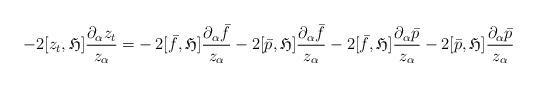
LaTeX: \begin{align*}-2[z_t,\mathfrak{H}]\frac{\partial_{\alpha}z_t}{z_{\alpha}}=& -2[\bar{f}, \mathfrak{H}]\frac{\partial_{\alpha}\bar{f}}{z_{\alpha}}-2[\bar{p}, \mathfrak{H}]\frac{\partial_{\alpha}\bar{f}}{z_{\alpha}}-2[\bar{f},\mathfrak{H}]\frac{\partial_{\alpha}\bar{p}}{z_{\alpha}}-2[\bar{p},\mathfrak{H}]\frac{\partial_{\alpha}\bar{p}}{z_{\alpha}}\end{align*}